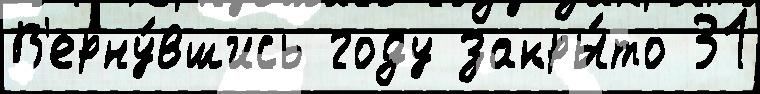
В'ерну́вшись году закры́то 31